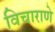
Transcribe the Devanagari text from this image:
विचाराणे